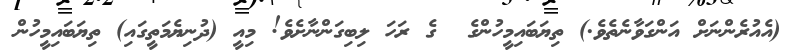
(އެއުރެންނަށް އަންގަވާނެތެވެ.) ތިޔަބައިމީހުންގެ  ގެ ރަހަ ލިބިގަންނާށެވެ! މިއީ (ދުނިޔެމަތީގައި) ތިޔަބައިމީހުން